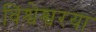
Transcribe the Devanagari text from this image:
विश्वेश्वरया